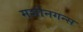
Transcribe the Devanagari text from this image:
मशीनगन्स